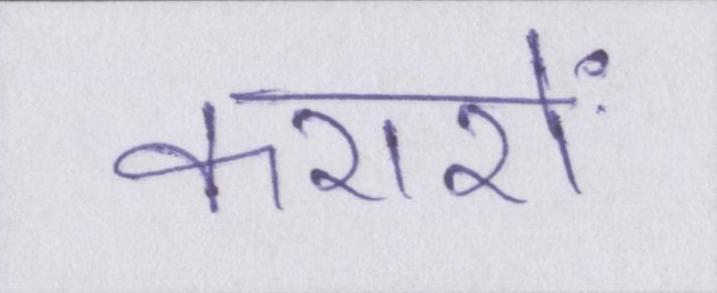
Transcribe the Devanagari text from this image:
करारों